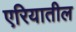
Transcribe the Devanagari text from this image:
एरियातील